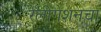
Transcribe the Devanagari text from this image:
रेलीगेशनचा